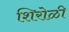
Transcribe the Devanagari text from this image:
शिरोळी